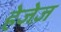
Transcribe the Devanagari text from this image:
हेजेज़